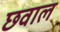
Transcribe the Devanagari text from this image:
छवाल